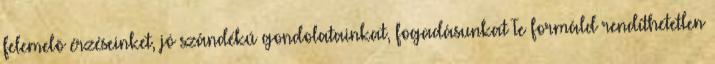
felemelõ érzéseinket, jó szándékú gondolatainkat, fogadásunkat Te formáld rendíthetetlen